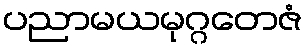
ပညာမယမုဂ္ဂတေဇံ